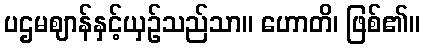
ပဌမဈာန်နှင့်ယှဉ်သည်သာ။ ဟောတိ၊ ဖြစ်၏။